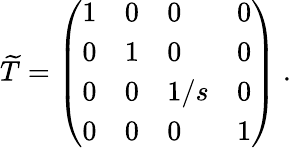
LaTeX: \widetilde{T}=\left(\begin{array}{llll}{{1}}&{{0}}&{{0}}&{{0}}\\ {{0}}&{{1}}&{{0}}&{{0}}\\ {{0}}&{{0}}&{{1/s}}&{{0}}\\ {{0}}&{{0}}&{{0}}&{{1}}\end{array}\right)\ .